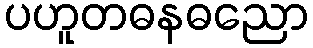
ပဟူတဓနဓညော